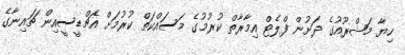
ހިޔާ މަޝްރޫއުގެ ދަށުން ފްލެޓް އިމާރާތް ކުރުމުގެ މަސައްކަތް ކުރުމަށް އެޗްޑީސީއިން ޗައިނާގެ